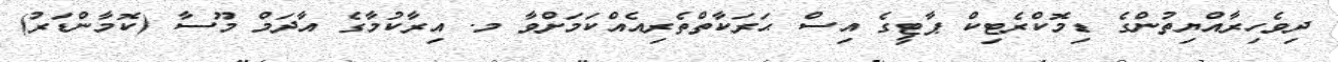
ދިވެހިރާއްޔިތުންގެ ޑިމޮކްރެޓިކް ޕާޓީގެ އިސް ޙަރަކާތްތެރިއެއްކަމަށްވާ މ. އިރާކުމާގެ އާދަމް މޫސާ (ކޮމާންޑަރު)